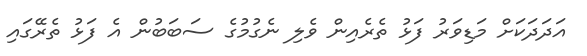
އަދަދަކަށް މަޑިވަރު ފަޅު ތެރެއިން ވެލި ނެގުމުގެ ސަބަބުން އެ ފަޅު ތެރޭގައި